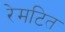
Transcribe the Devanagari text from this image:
रेमटित